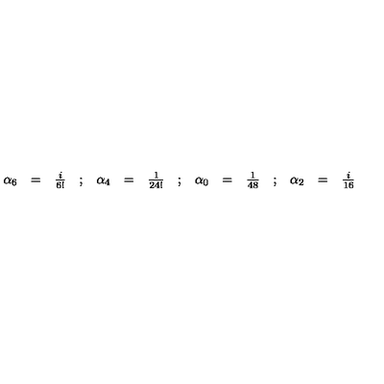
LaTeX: \begin{array} { r c l c r c l c r c l c r c l } { \alpha _ { 6 } } & { = } & { \frac { i } { 6 ! } } & { ; } & { \alpha _ { 4 } } & { = } & { \frac { 1 } { 2 4 ! } } & { ; } & { \alpha _ { 0 } } & { = } & { \frac { 1 } { 4 8 } } & { ; } & { \alpha _ { 2 } } & { = } & { \frac { i } { 1 6 } } \\ \end{array}